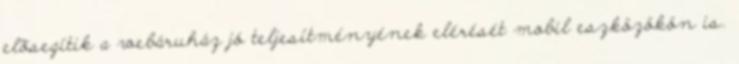
elõsegítik a webáruház jó teljesítményének elérését mobil eszközökön is.